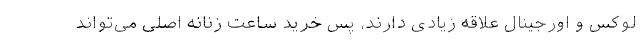
لوکس و اورجینال علاقه زیادی دارند، پس خرید ساعت زنانه اصلی می‌تواند